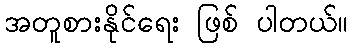
အတူစားနိုင်ရေး ဖြစ် ပါတယ်။